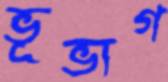
ভূভাগ